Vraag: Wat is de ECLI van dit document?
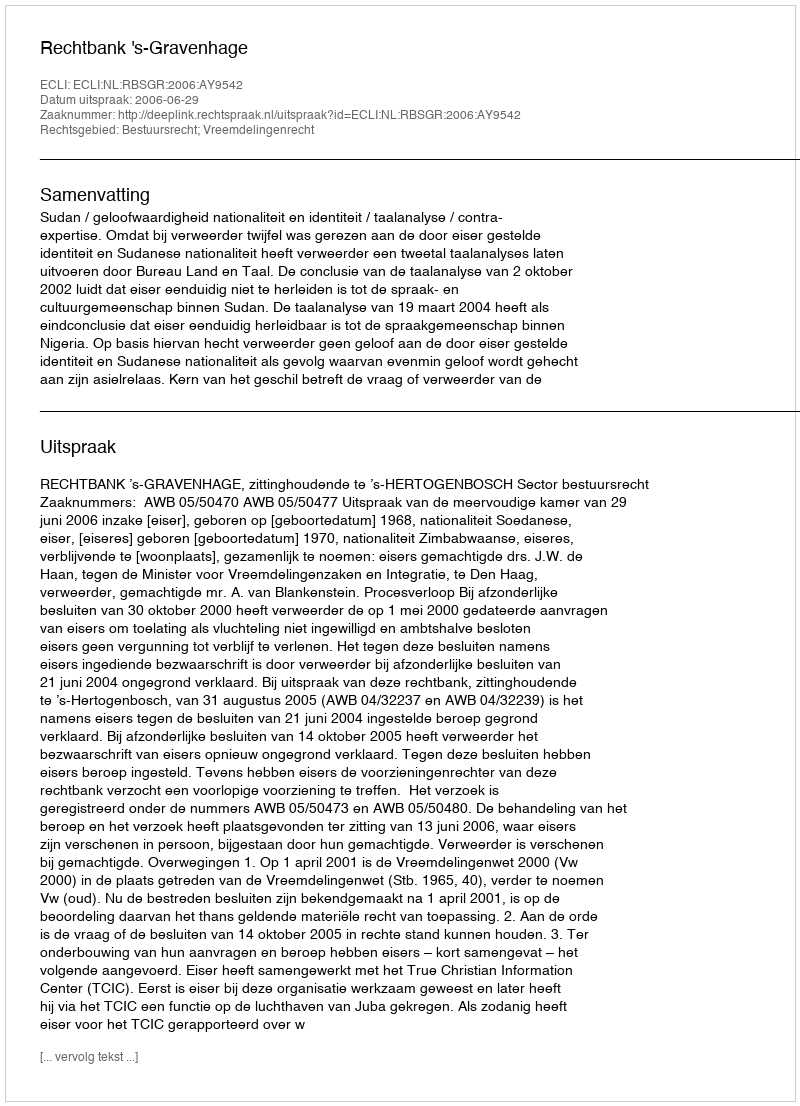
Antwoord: ECLI:NL:RBSGR:2006:AY9542